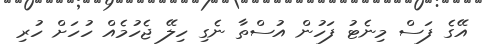
އޭގެ ފަސް މިނެޓު ފަހުން އުސްތާ ނެގި ހިލޭ ޖެހުމެއް ހުހަށް ހުރި